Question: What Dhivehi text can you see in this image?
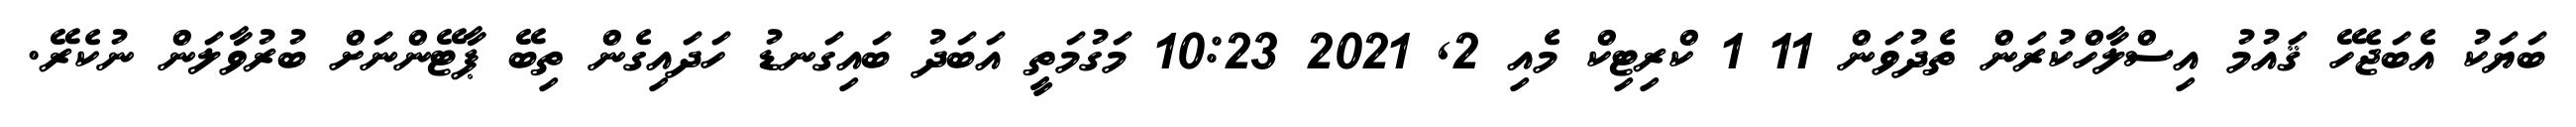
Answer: ބަޔަކު އެބަޖެހޭ ޤައުމު އިސްލާހްކުރަން ތެދުވަން 11 1 ކްރިޓިކް މެއި 2, 2021 10:23 މަގުމަތީ އަބަދު ބައިގަނޑު ހަދައިގެން ތިބޭ ޕާޓޭންނަށް ބުރުވާލަން ނުކެރޭ.